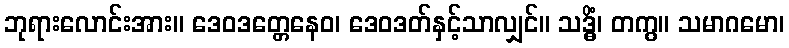
ဘုရားလောင်းအား။ ဒေဝဒတ္တေနေဝ၊ ဒေဝဒတ်နှင့်သာလျှင်။ သဒ္ဓိံ၊ တကွ။ သမာဂမော၊